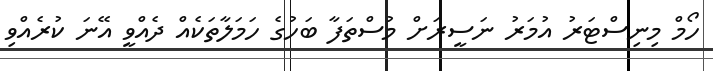
ހޯމް މިނިސްޓަރު އުމަރު ނަސީރަށް މުސްތަފާ ބަހުގެ ހަމަލާތަކެއް ދެއްވީ އޭނަ ކުރެއްވި